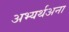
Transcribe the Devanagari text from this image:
अभ्यर्थअना